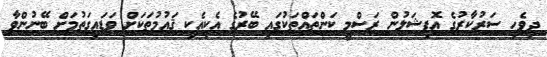
ދިވެހި ސަރުކާރުގެ އޮފިޝަލުން ރަސްމީ ކަންތައްތަކުގައި ބޭރުގެ އެކިއެކި ޤައުމުތަކަށް ވަޑައިގަތުމަށް ބޭނުންވާ